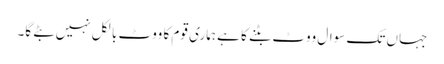
جہاں تک سوال ووٹ بٹنے کا ہے ہماری قوم کا ووٹ بالکل نہیں بٹے گا۔